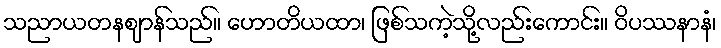
သညာယတနဈာန်သည်။ ဟောတိယထာ၊ ဖြစ်သကဲ့သို့လည်းကောင်း။ ဝိပဿနာနံ၊